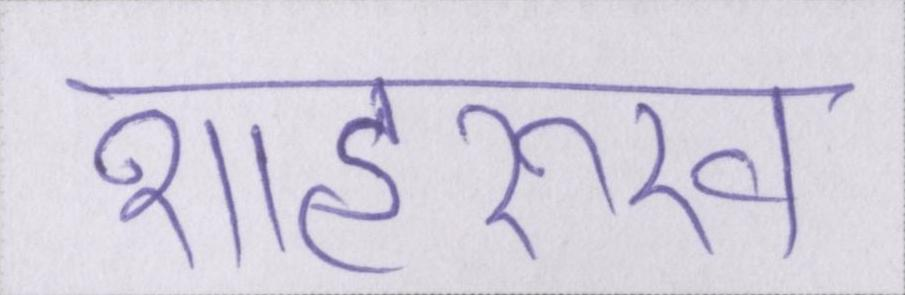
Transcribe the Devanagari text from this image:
शाहरुख